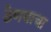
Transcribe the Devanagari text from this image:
ठेणयाचा